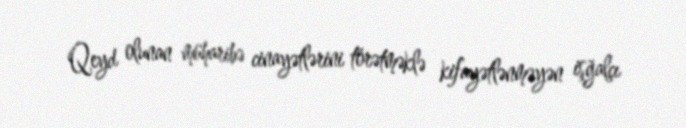
Qeyd olunan müharibə cinayətlərini törətməklə kifayətlənməyən işğalçı